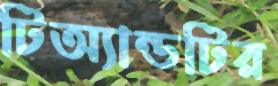
টিঅ্যান্ডটির